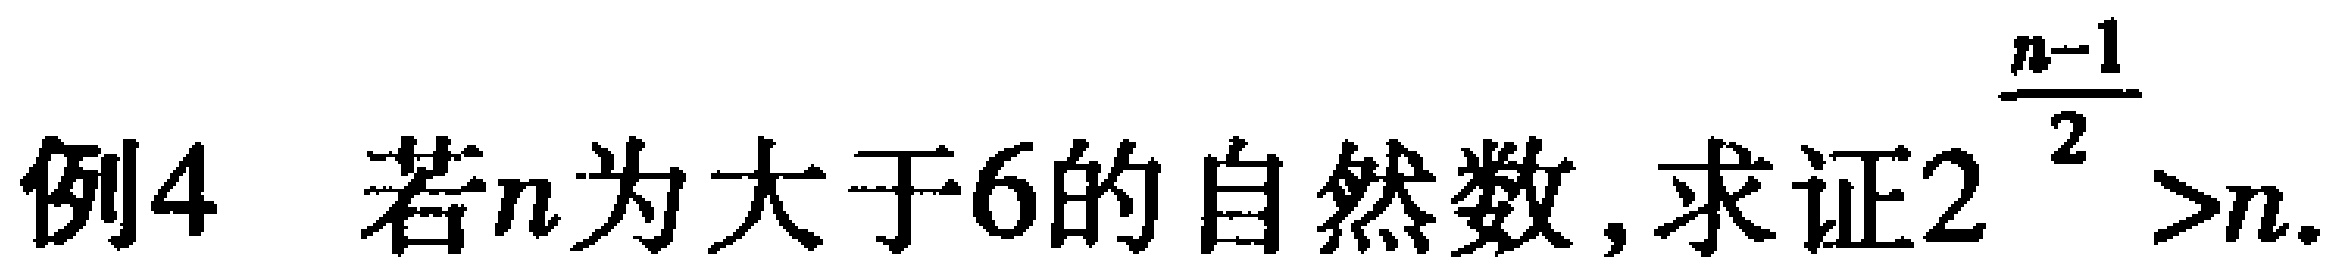
例4 若\(n\)为大于\(6\)的自然数, 求证\(2^{\frac{n - 1}{2}}>n\).